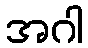
အဂါ